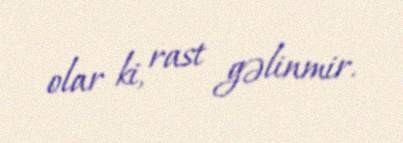
olar ki, rast gəlinmir.